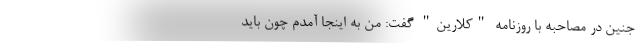
جنین در مصاحبه با روزنامه "کلارین" گفت: من به اینجا آمدم چون باید